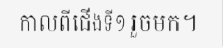
កាលពីជើងទី១ រួចមក។